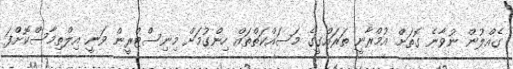
ގެއްލުން ނުވާނެ ގޮތަށް އުމްރާނީ ތަރައްގީގެ މަސައްކަތްތައް ހިންގުމަށް މިނިސްޓްރީން ވަނީ އިލްތިމާސްކޮށްފަ